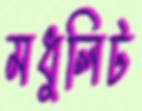
মধুলিট